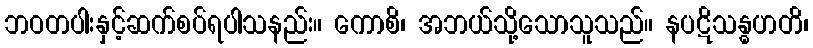
ဘဝတပါးနှင့်ဆက်စပ်ရပါသနည်း။ ကောစိ၊ အဘယ်သို့သောသူသည်။ နပဋိသန္ဓဟတိ၊